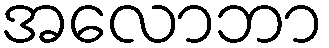
အလောဘာ